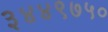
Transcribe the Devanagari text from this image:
३४४९७५०